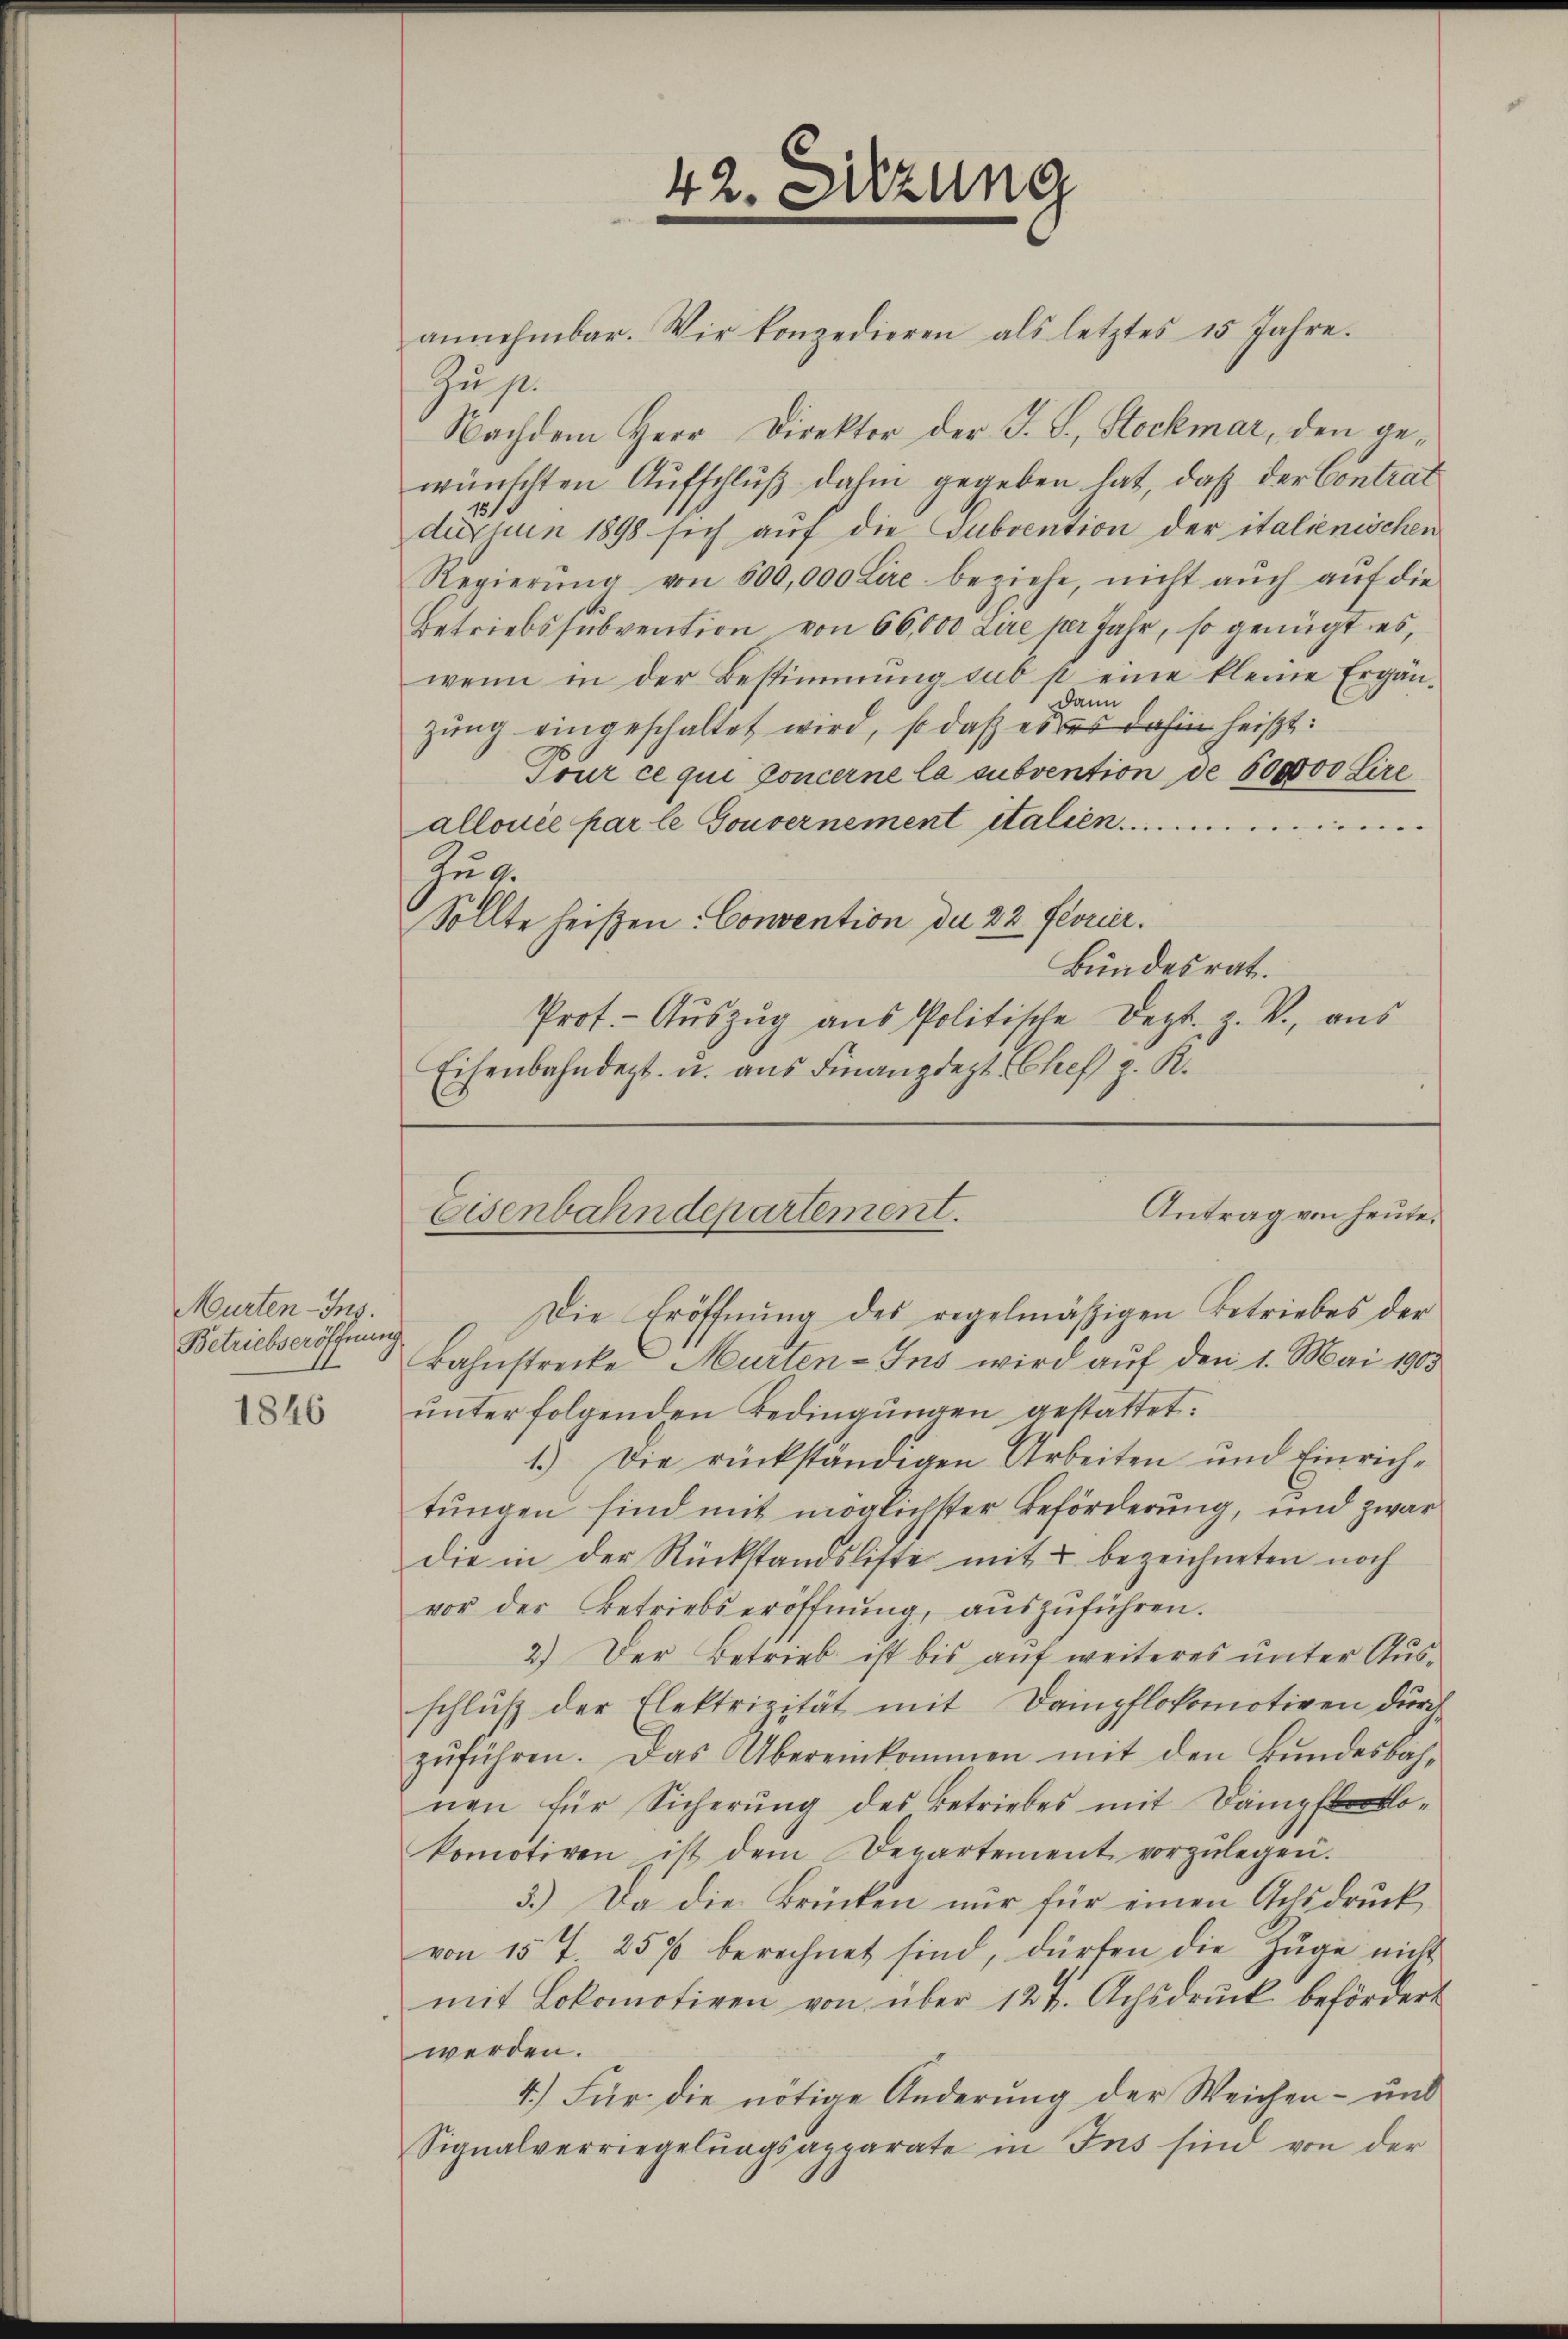
Murten-Ins.
Betriebseröffnung.
1846

Zus.

42. Sitzung

annehmbar. Wir konzedieren als letztes 15 Jahre.
Nachdem Herr Direktor der J. S. Stockmar, den gewünschten Aufschluß dahin gegeben hat, daß der Contrat
de nun 1898 sich auf die Subvention der italienischen
Regierŭng von 500,000 Lire beziehe, nicht aŭch aŭf die
Betriebssŭbvention von 66,000 Lire per Jahr, so genügt es,
wenn in der Bestimmung sub p eine kleine Ergän-
dann
zung eingeschaltet wird, so daß es das dahin heißt:
Tour ce qui concerne la subvention de 600000 Lire
allouée par le Gouvernement italien..........................
Zug.
Sollte heißen Convention du 22 Feuer.
Bundesrat.
Prot. - Aŭszŭg aŭs Politische Dept. z. V., aus
Eisenbahndert u. aus Finanzdept-Chef z. K.

Antrag von heute.
Eisenbahndepartement.
Die Eröffnung des regelmäßigen Betriebes der

Bahnstrecke Murten-Ins wird aŭf den 1. Mai 1903
unter folgenden Bedingungen gestattet:
1.) Die rückständigen Arbeiten und Einrich-
tungen sind mit möglichster Beförderung, und zwar
die in der Rückstandsliste mit u bezeichneten noch
vor der Betriebseröffnŭng, aŭszŭführen.
2.) Der Betrieb ist bis auf weiteres unter Ausschluß der Elektrizität mit Dampflokomotiven durch
zŭführen. Das Übereinkommen mit den Bŭndesbach-
nen für Sicherung des Betriebes mit Dampflokomotiven ist dem Departement vorzŭlegen.
5.) Da die Brücken nur für einen Achsdruck
von 15 t. 25% berechnet sind, dürfen die Züge nicht
mit Lokomotiven von über 124. Achsdrŭck befördert
werden.
4.) Für die nötige Änderung der Weichen- und
Signalverriegelungsapparate in Ins sind von der